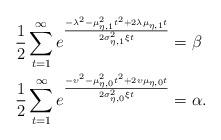
LaTeX: \begin{align*}\begin{aligned}\frac{1}{2}\sum_{t=1}^\infty e^{\frac{-\lambda^2 - \mu_{\eta,1}^2t^2 + 2\lambda\mu_{\eta,1}t}{2\sigma_{\eta,1}^2\xi t}} &= \beta\\\frac{1}{2}\sum_{t=1}^\infty e^{\frac{-\upsilon^2 - \mu_{\eta,0}^2t^2 + 2\upsilon\mu_{\eta,0}t}{2\sigma_{\eta,0}^2\xi t}}&= \alpha.\end{aligned}\end{align*}